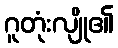
ဂူတုံးလျို၏